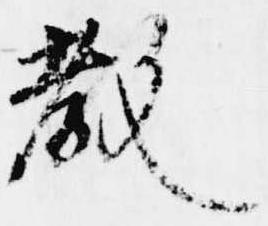
教